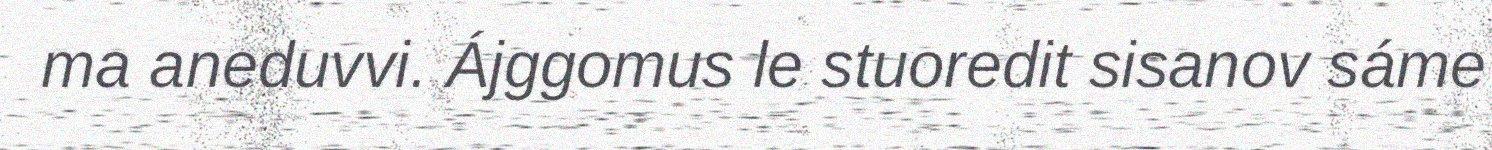
ma aneduvvi. Ájggomus le stuoredit sisanov sáme